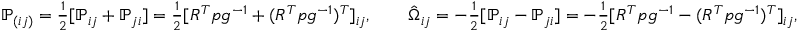
\begin{array} { r } { { \mathbb P } _ { ( i j ) } = \frac 1 2 [ { \mathbb P } _ { i j } + { \mathbb P } _ { j i } ] = \frac 1 2 [ R ^ { T } p g ^ { - 1 } + ( R ^ { T } p g ^ { - 1 } ) ^ { T } ] _ { i j } , \qquad \hat { \Omega } _ { i j } = - \frac 1 2 [ { \mathbb P } _ { i j } - { \mathbb P } _ { j i } ] = - \frac 1 2 [ R ^ { T } p g ^ { - 1 } - ( R ^ { T } p g ^ { - 1 } ) ^ { T } ] _ { i j } , } \end{array}